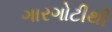
ગારગોટીથી